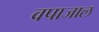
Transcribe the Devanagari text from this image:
वपाजाल